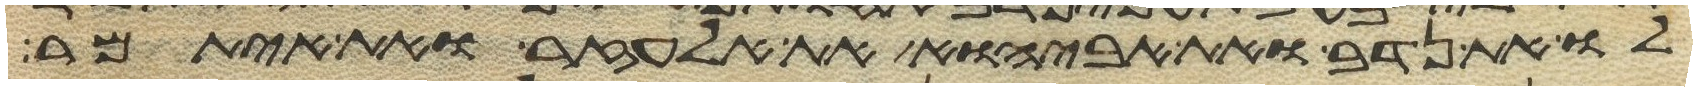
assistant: לו את נדב ואת אביהוא את אלעזר ואת איתמר